Annual administration report of the Civil Veterinary Department, Ajmere-Merwara, British Rajputana - 1914-1940
Year: 1914
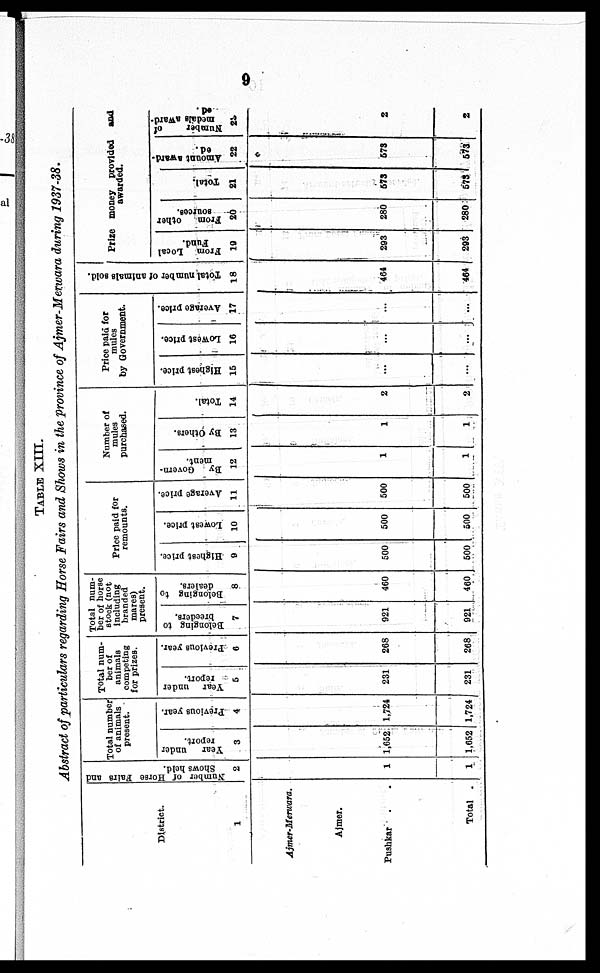
9
TABLE XIII.
Abstract of particulars regarding Horse Fairs and Shows in the province of Ajmer-Merwara during 1937-38.
District.
1
Ajmer-Merwara.
Ajmer.
Pushkar . .
Total .
Number of Horse Fairs and
Shows held.
2
1
1
Total number
of animals
present.
Year under
report.
3
1,652
1,652
Previous year.
4
1,724
1,724
Total num-
ber of
animals
competing
for prizes.
Year under
report.
5
231
231
Previous year.
6
268
268
Total num-
ber of horse
stock (not
including
branded
mares)
present.
Belonging to
breeders.
7
921
921
Belonging to
dealers.
8
460
460
Price paid for
remounts.
Highest price.
9
500
500
lowest price.
10
500
500
Average price.
11
500
500
Number of
mules
purchased.
By Govern-
ment.
12
1
1
By Others.
13
1
1
Total.
14
2
2
Price paid for
mules
by Government.
Highest price.
15
...
...
Lowest price.
16
...
...
Average price.
17
...
...
Total number of animals sold.
18
464
464
Prize money provided and
awarded.
From Local
Fund.
19
293
293
From
other
sources.
20
280
280
Total.
21
573
573
Amount award-
ed.
22
673
573
Number
of
medals award-
ed.
23
2
2